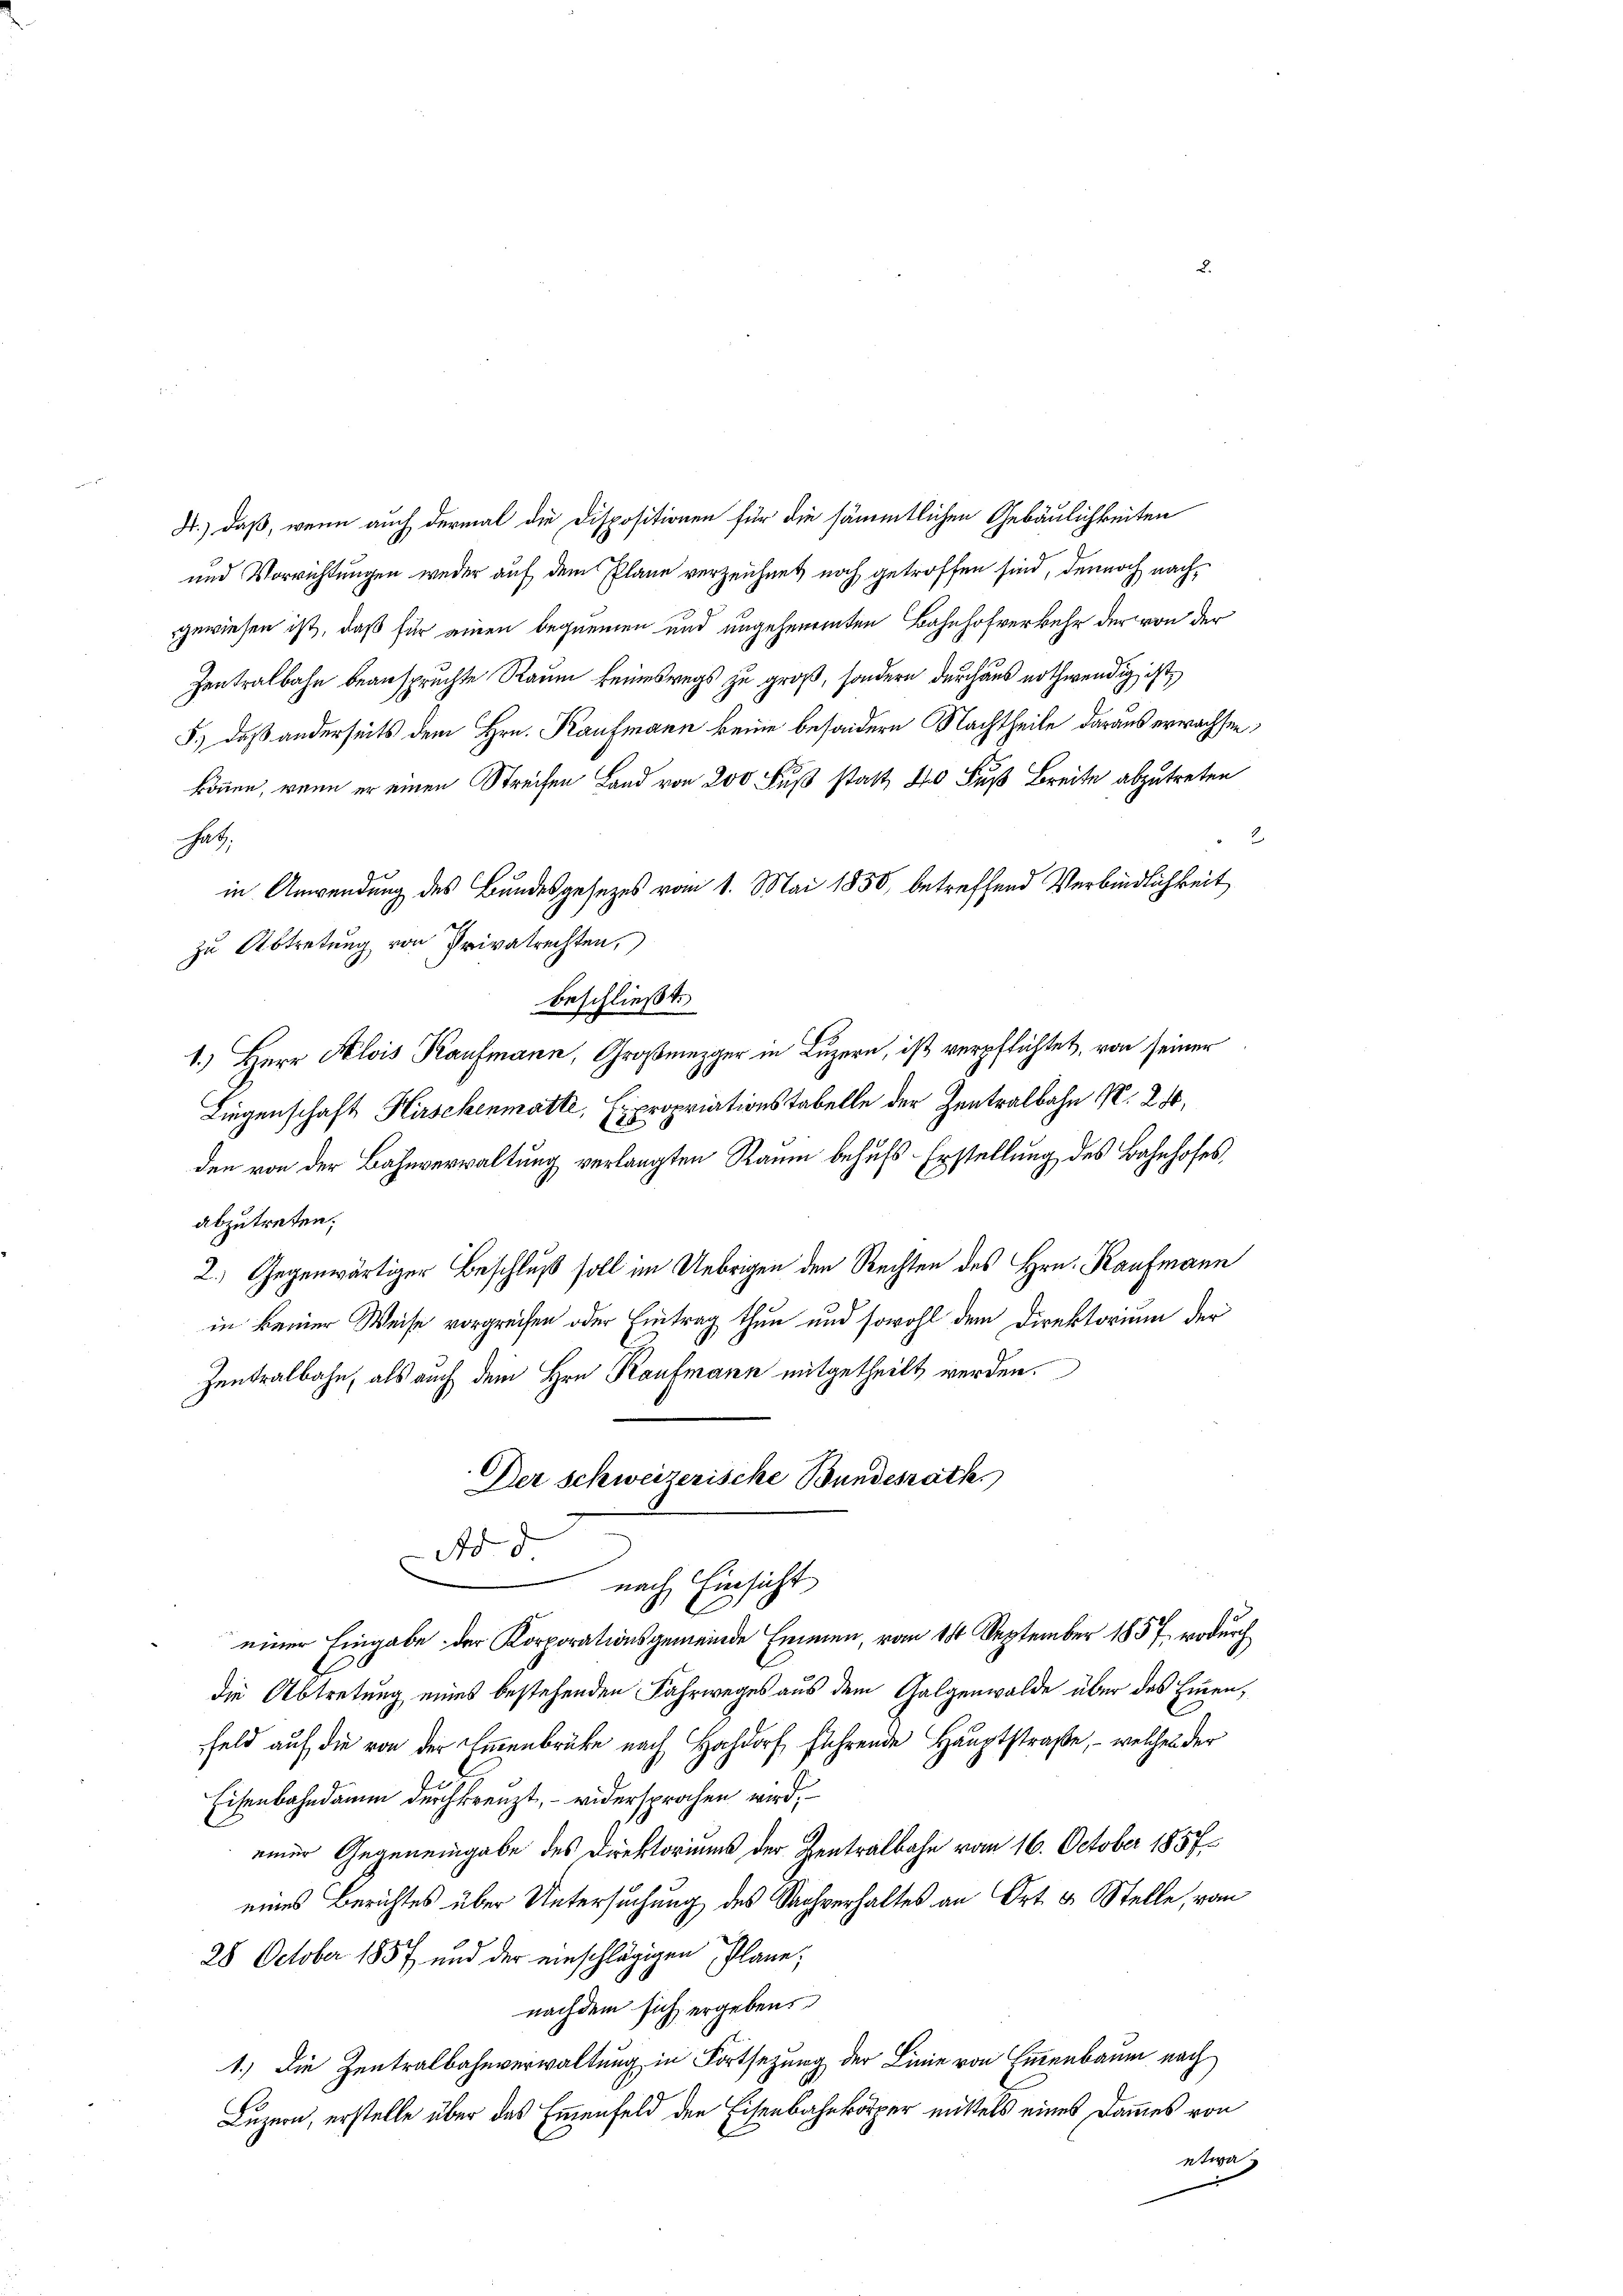
4.) daß, wenn auch dermal die Dispositionen für die sämmtlichen Gebäulichkeiten
und Vorrichtungen weder auf dem Plane verzeichnet noch getroffen sind, dennoch nachgewiesen ist, daß für einen bequemen und ungeheurenten Bahnhofverkehr der von der
Zentralbahn beanspruchte Raum keineswegs zu groß, sondern durchaus nothwendig ist,
5.) daß anderseits dem Hrn. Kaufmann keine besondern Nachtheile daraus erwachsen,
können, wenn er einen Streifen Land von 200 Fuß statt 240 Fuß Breite abzutreten
hat.
2
in Anwendung des Bundesgesezes vom 1. Mai 1850, betreffend Verbindlichkeit
zu Abtretung von Privatrechten,
beschließt:
1.) Herr Alois Kaufmann, Großmezger in Luzern, ist verpflichtet, von seiner
Liegenschaft Hirschenmatte, Expropriationstabelle der Zentralbahn N. 210,
den von der Bahnverwaltung verlangten Raum behufs Erstellung des Bahnhofes
abzutreten.
2.) Gegenwärtiger Beschluß soll im Uebrigen den Rechten des Hrn. Kaufmann
in keiner Weise vorgreifen oder Eintrag thun und sowohl dem Direktorium der
Zentralbahn, als auch dem Hrn. Kaufmann mitgetheilt werden.
Der Schweizerische Bundesrath
A d
.
nach Einsicht
einer Eingabe der Korporationsgemeinde Emmen, vom 19t September 1857, wodurch
die Abtretung eines bestehenden Fahrweges aus dem Galgenwalde über das Einen,
Feld auf die von der Emmenbrücke nach Hochdorf führende Hauptstraße, – welches der
Eisenbahndamm durchkreuzt, – widersprochen wird,
einer Gegeneingabe des Direktoriums der Zentralbahn vom 16. October 1857
eines Berichtes über Untersuchung des Sachverhaltes an Ort & Stelle, vom
28 October 1857 und der einschlägigen Plane;
nachdem sich ergeben
1.) Die Zentralbahnverwaltung in Fortsezung der Linie von Einenbaum nach
Luzern, erstelle über das Emmenfeld den Eisenbahnkörper mittels eines Dammes von
etwa
.